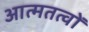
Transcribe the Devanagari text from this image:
आत्मतत्वों